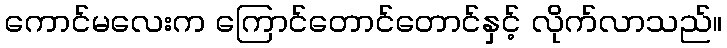
ကောင်မလေးက ကြောင်တောင်တောင်နှင့် လိုက်လာသည်။